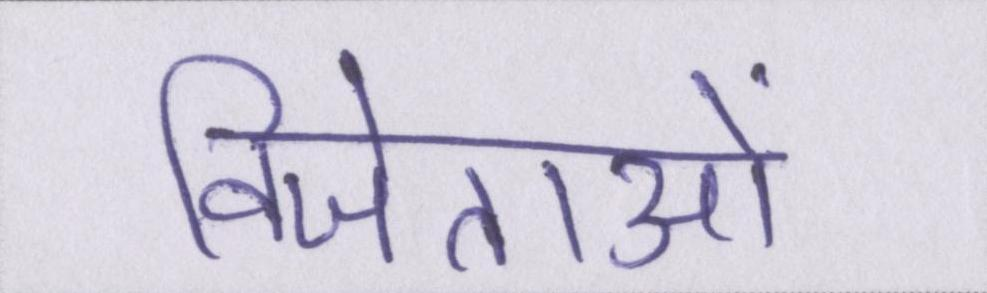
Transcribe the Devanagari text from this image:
विजेताओं